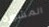
المشورة